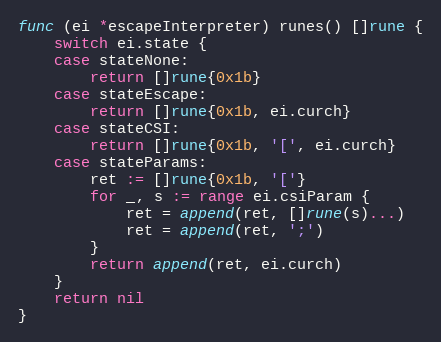
Language: Go
func (ei *escapeInterpreter) runes() []rune {
	switch ei.state {
	case stateNone:
		return []rune{0x1b}
	case stateEscape:
		return []rune{0x1b, ei.curch}
	case stateCSI:
		return []rune{0x1b, '[', ei.curch}
	case stateParams:
		ret := []rune{0x1b, '['}
		for _, s := range ei.csiParam {
			ret = append(ret, []rune(s)...)
			ret = append(ret, ';')
		}
		return append(ret, ei.curch)
	}
	return nil
}